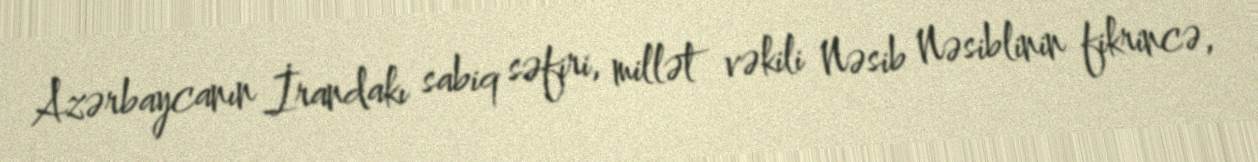
Azərbaycanın İrandakı sabiq səfiri, millət vəkili Nəsib Nəsiblinin fikrincə,